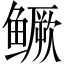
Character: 鳜